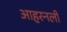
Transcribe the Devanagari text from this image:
आहरनली